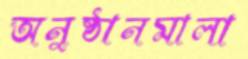
অনুষ্ঠানমালা